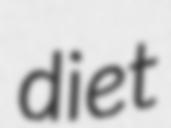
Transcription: diet